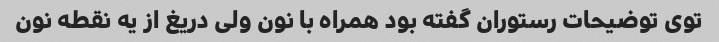
توی توضیحات رستوران گفته بود همراه با نون ولی دریغ از یه نقطه نون